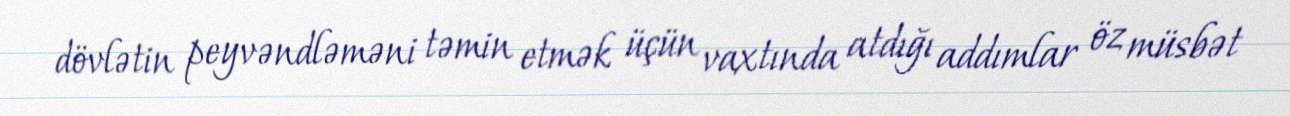
dövlətin peyvəndləməni təmin etmək üçün vaxtında atdığı addımlar öz müsbət